Maali_päevik, lk 11
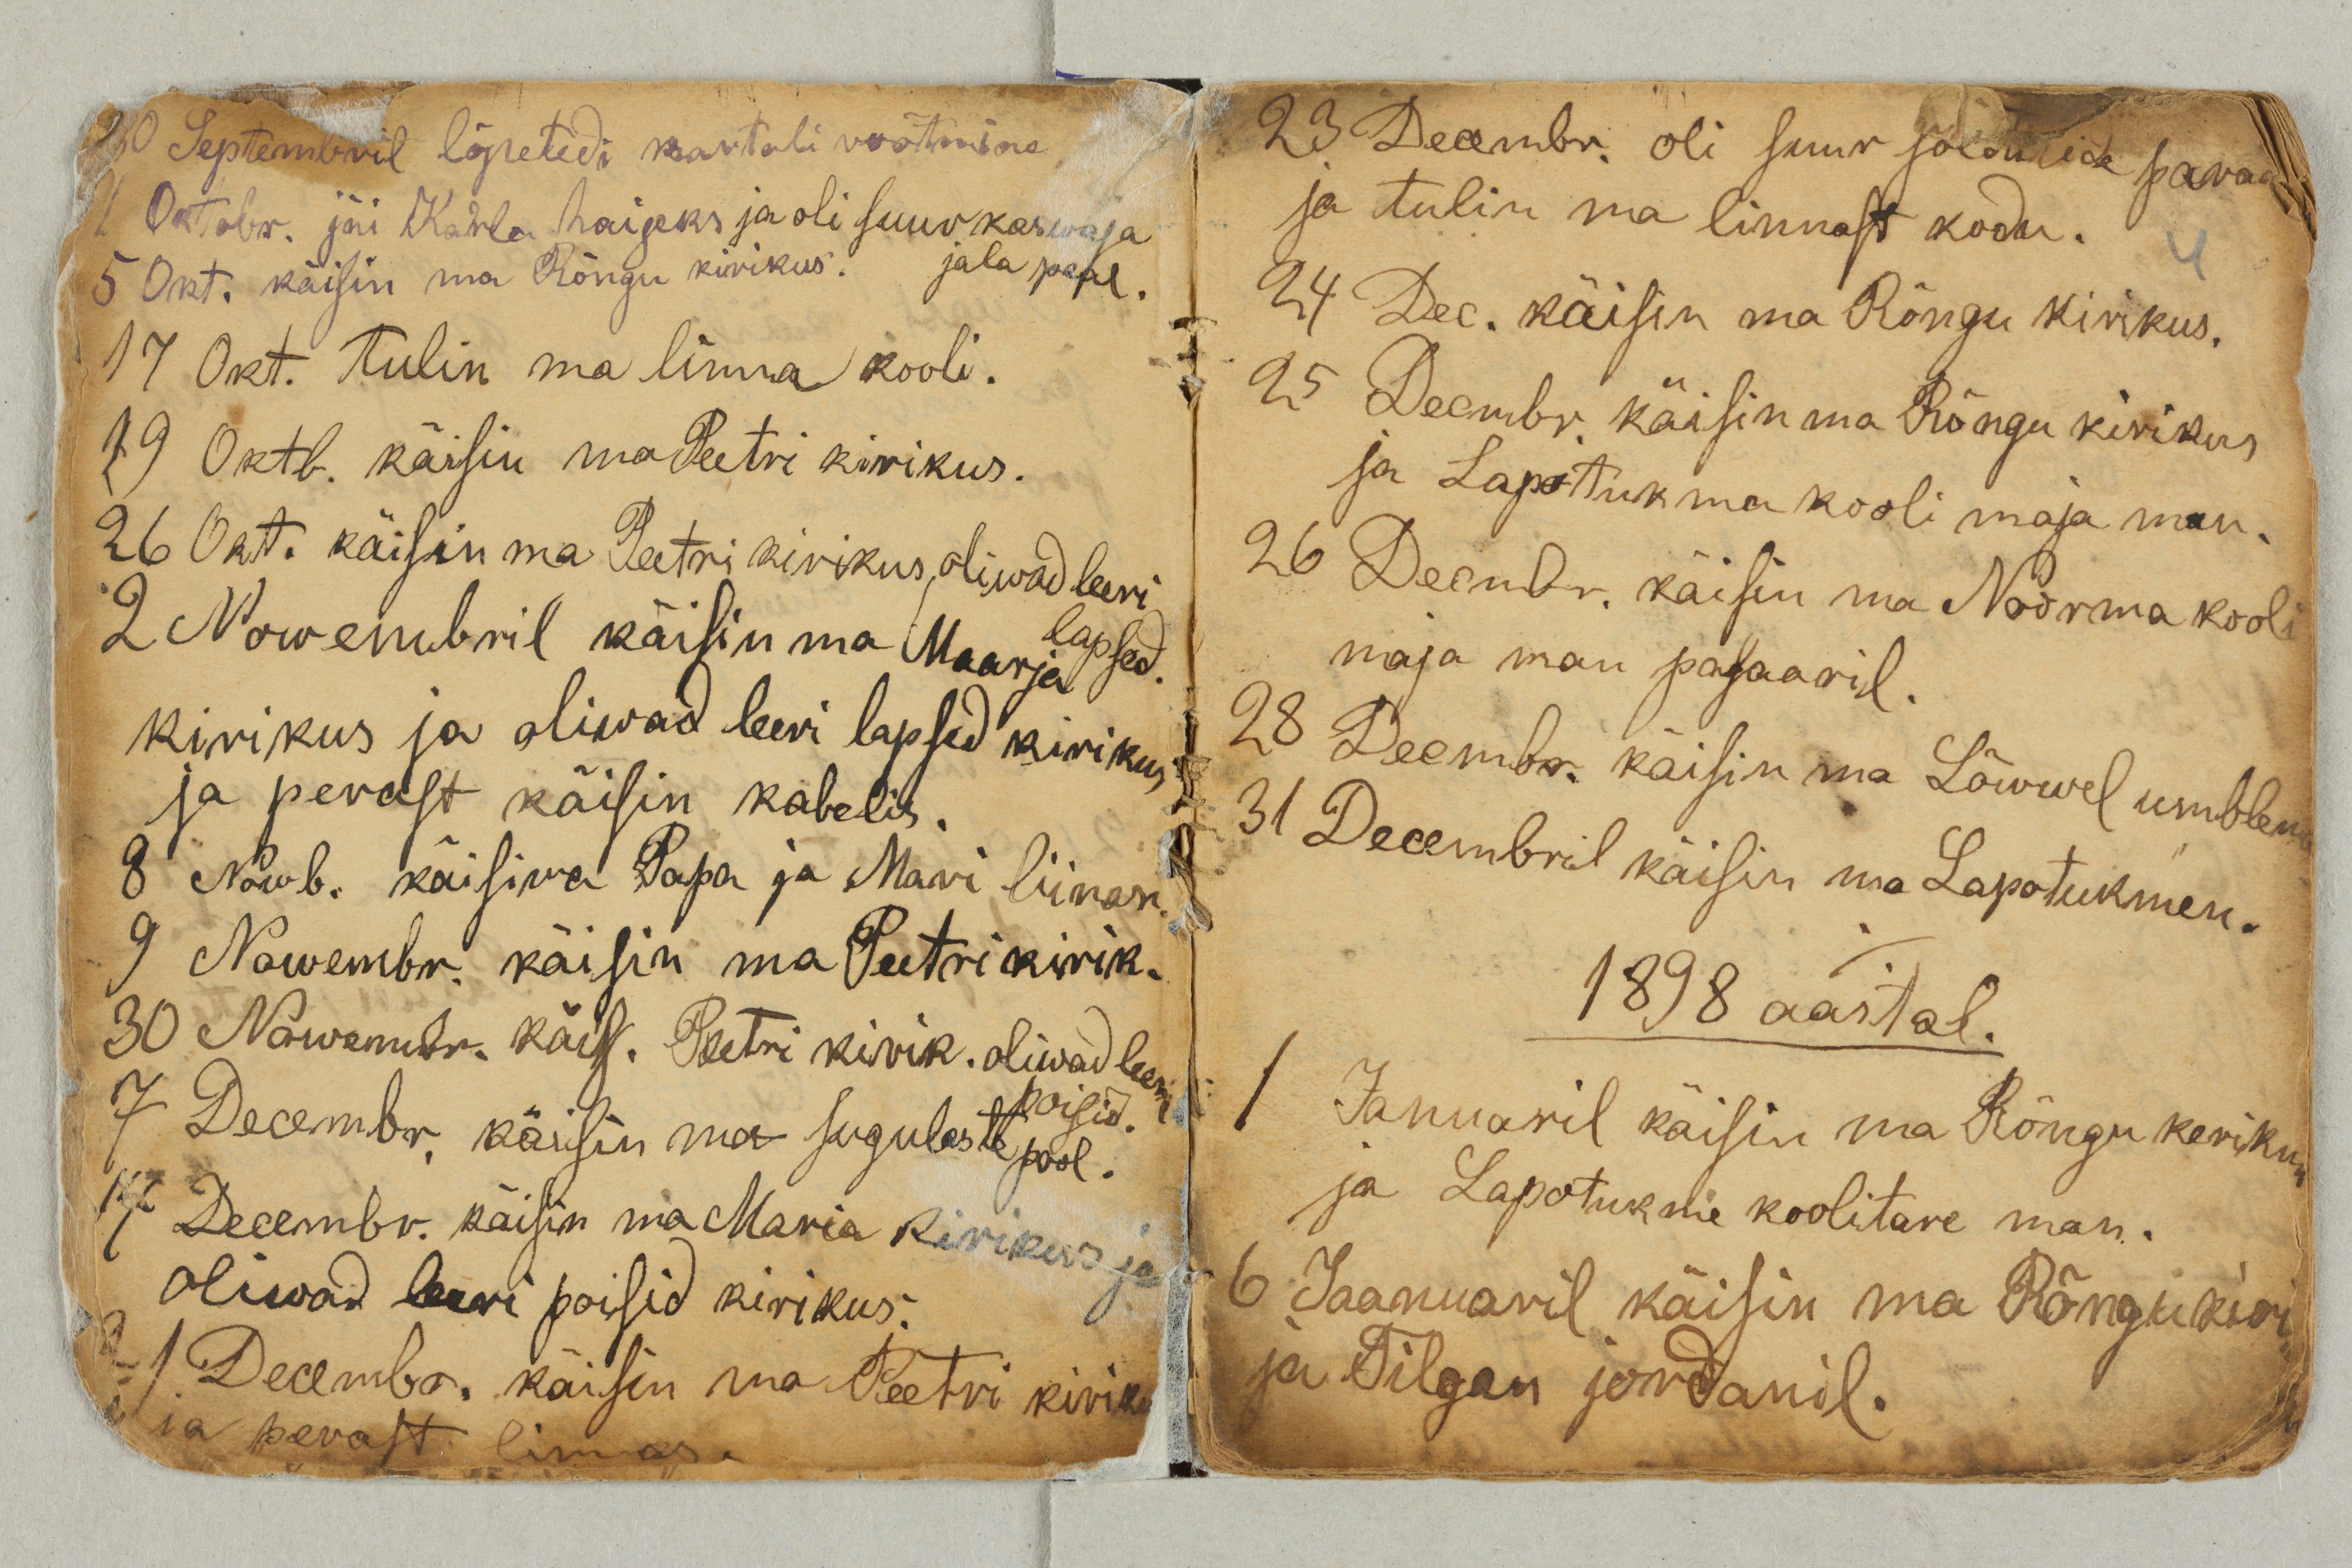
30 Septembril lõpetedi kartuli võtmine.
1 Oktbr. jäi Karla haigeks ja oli suur kaswaja
jala peal.
5 Okt. käisin ma Rõngu kirikus.
17 Okt. tulin ma linna kooli.
19 Oktb. käisin ma Peetri kirikus.
26 Okt. käisin ma Peetri kirikus oliwad leeri
lapsed.
2 Nowembril käisin ma Maarja
kirikus ja oliwad leeri lapsed kirikus
ja perast käisin kabelis.
8 Nowb. käisiwa Papa ja Mari liinan.
9 Nowembr. käisin ma Peetri kirik.
30 Nowembr. käis. Peetri kirik. Oliwad leeri
poisid.
7 Decembr. käisin ma sugulaste pool.
14 Decembr. käisin ma Maria kirikus ja
oliwad leeri poisid kirikus.
21 Decembr. käisin ma Peetri kiriku
ja perast linnas.

23 Decembr. oli suur soldatide paraa
ja tulin ma linnast kodu.
24 Dec. käisin ma Rõngu kirikus.
25 Decembr. käisin ma Rõngu kirikus
ja Lapitukma kooli maja man.
26 Decmbr. käisin ma Noorma kooli
maja man pasaaril.
28 Decmbr. käisin ma Lõwwel umblem
31 Decembril ma Lapotukmen.
1898 aastal.
1 Januaril käisin ma Rõngu kirikun
ja Lapotukme koolitare man.
6 Jaanuaril käisin ma Rõngu kiri
ja Tilgan jordanil.